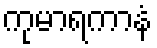
ကုမာရကာနံ